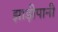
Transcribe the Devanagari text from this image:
झाड़ीपानी